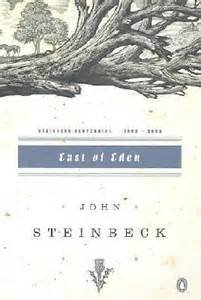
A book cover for East Of Eden - John Steinbeck Centennial Edition (1902-2002); John; With an Introduction by Wyatt, David Steinbeck; Literature & Fiction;